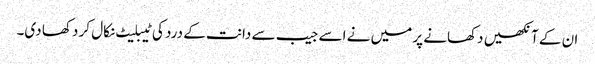
ان کے آنکھیں دکھانے پر میں نے اسے جیب سے دانت کے درد کی ٹیبلیٹ نکال کر دکھا دی۔